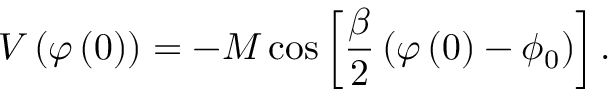
V \left( \varphi \left( 0 \right) \right) = - M \cos \left[ \frac { \beta } { 2 } \left( \varphi \left( 0 \right) - \phi _ { 0 } \right) \right] .